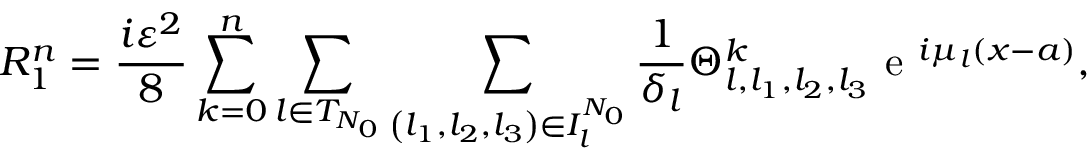
{ R } _ { 1 } ^ { n } = \frac { i \varepsilon ^ { 2 } } { 8 } \sum _ { k = 0 } ^ { n } \sum _ { l \in { T } _ { N _ { 0 } } } \sum _ { \left( l _ { 1 } , l _ { 2 } , l _ { 3 } \right) \in { I } _ { l } ^ { N _ { 0 } } } \frac { 1 } { \delta _ { l } } \Theta _ { l , l _ { 1 } , l _ { 2 } , l _ { 3 } } ^ { k } \textrm { e } ^ { i \mu _ { l } ( x - a ) } ,